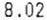
8.02